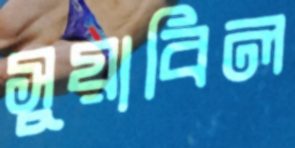
সুয়াবিল